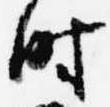
時